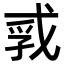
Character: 𪭐